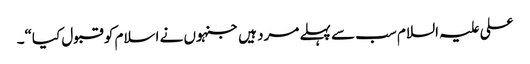
علی علیہ السلام سب سے پہلے مرد ہیں جنہوں نے اسلام کو قبول کیا“۔